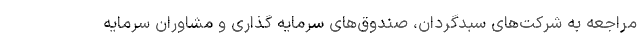
مراجعه به شرکت‌های سبدگردان، صندوق‌های سرمایه گذاری و مشاوران سرمایه